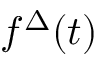
f ^ { \Delta } ( t )